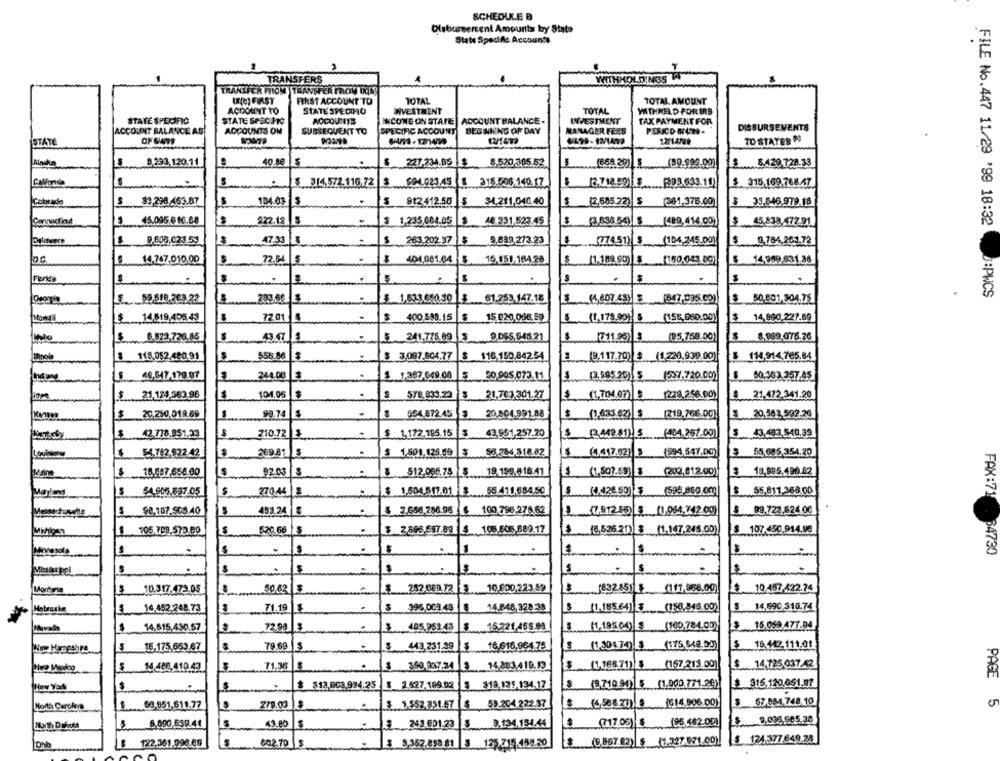
SCHEDULE D
Dlabaserent Amounts by State
State Specific Accounts
TRANSFERS
WITHHOLDINGSF
((0) FIRST
FIRST ACCOUNT TO
TOTAL
TOTAL AMOUNT
ACCOUNT TO
STATE SPEDIHO
INVESTMENT
TOTAL
WITHHELD FORIRS
STATE SPECIFIC
STATE SPECIFIC
ACCOUNTS
INCOME ON STARE |ACCOUNT BALANCE.
INVESTMENT
TAX PAYMENT FOR
ACCOUNT BALANCE AS
ACCOUNTS ON
SUBSEQUENT TO
SPECIFIC ACCOUNT
BEGINNING OF DAY
PERIOD BAN-
DISBURSEVENTS
MANAGER FEES
STATE
OF GANS
12/1472
TO STATES MI
0 233,120.11
40.86
$ 247,234.65
$
8.520,305.52
5
(89.999.02)
8.429.728.33
CAMarule
$ 314,572.116.72
694.023.45
315.006 140.17
$. 315,169.768.47
[393.633.10)
Colade
$ 83,298.463.87
104.03
912412.50
34.211,040.40
$
(2,505.22)| S
(381,378.00)
$ 39.846.979.18
15.095.6 10.08
222.12
$ 1,235.004.05
44.331,523.45
(363354)8
(489.414.00)
$ 45,838.472.91
47.33
5
$ 263.202.37
9.889.273.23
1774518
(104.245.00)
0,784,201.72
$ 401.081.64 $ 15.151.164.20
$ 14.009.831.36
14,767.010.00
12.4 5
$ (1.188.90)
(160.043 00).
Flank
M
FILE No.447 11/29 '99 18:32 J:PWCS
S .... 59,519.263.22
$ 1,638.650.30 $ 61.259.147.18
(4,607.49) S .(847.035.00)
$ 50,601,504.75
$
.14,019,405,49
72.01
400 588.15
$ 15 020.066.59
$
(1,178 90) 5
(158,080.00)
$ 14,860,227.89
9.DES, 648.21
6.023,720.05
1001/1
5 241.775.09 5
(711.25) $
(05.768.00)
8.969.076.26
$ 118.052.480.91
558.86
$ 3,097.604.77
$ 116.150.842.54
(B.117.70) $ (1,220,939.00)
$ 114,914.705.84
49.547.179.97
244.08
3. 1.357.049.00
$ 50.005.073.11
(238525)/ (537,720.00)
$ .... 21 124 363.96
104.05
$
STB 833.23
(1,701.07) 8 (228.256.00)
21.472.341.20
21,703,301.27
(1,704.07)|8
$
20,250.018.69
99.74
624.872.45
20.504.991.88
(1,633.62) $ 219,766.00)
3 20,562.592.26
42.778.851.29
210.72
$
$ 1,172.185.15
43.951.257.20
) (404.267.00)
$ 43,483.540.39
53.762.922.42
269.81
$ 1,501,125.59
$
(5417 52)8
(894.547.00)
$ 54 085 354.20
92.03
8 512.066.78 5
18 159.816.41
$
(1,507.59) 8
(202,812.00)
$ 18,885.496.82
$ 15.507,656.00
270.44
$ 1,504.517.01
55 411.684.50
(595.850.000
55.811.368.00
483.24
$ 7.656.286.96 6 100 796.276.62
99.722.524.00
5 98,107.505.40
(7,912.55) $ (1,964,742.09)
1. 105.703.570.00
520.66
$
$ 2498.697.00 105.805, 689.17
(3,526.21) $ (1,147.248.00)
$ 107.450.914.99
$
.
$
FAX:71 34730
$
$
$ 10.317.472.05
50.62
257.689.72
10 800,223 89
(532.85) } (111,856.00)
$ 10 487 422.74
S. 16.452.240.73
71,19
5
396,009.45
14.648,328-38
1.155.64) 5 (150.548.00)
$ 14.590 318.74
$ 15.059 477.04
$
14,815,430,57
72.98
$
405.953.43
15,221,455.99
S
(1,19500 8 (100,784.00)
$
15.175,653.67
79.69
$ 443.231.29 |5
16,610,964.75
(1,30174)
(175, 548.99)
$ 18.142.111.01
14.488.410.43
71.36
350,937.34 3
14.883,419.13
.(1,188.71)
(167.213.00)
$ 14,725,03742
PAGE
New York
S
$ 812,603.934.25
(971090) (1.000.771.26)
$ 915,120,651.97
$ 318,135.134.17
North Carchrs
50-951,611.77
277,00
3. 1.552.831.47
59.204 222.37
$
(45002010 (314.006.00)
$_ 57,884,748.10
9,134.154.44
$
(717.06)
(96.482 09)
$
9.006,905.38
6.000.590.41
49.00
S.243 601.23 5
$ 124.377.649.28
Dhb
$ 122.361.996.09
602 70
125 715 158.30
(9,867.82) $ (1.327.071.00)